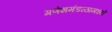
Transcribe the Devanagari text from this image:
गणेशमंडळामध्ये